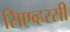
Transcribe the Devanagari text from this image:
सिएव्हरसी